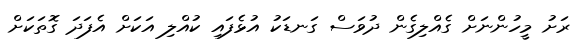
ރަށު މީހުންނަށް ގެއްލިގެން ދުވަސް ގަނޑަކު އުޅެފައި ކުއްލި އަކަށް އެފަދަ ގޮތަކަށް